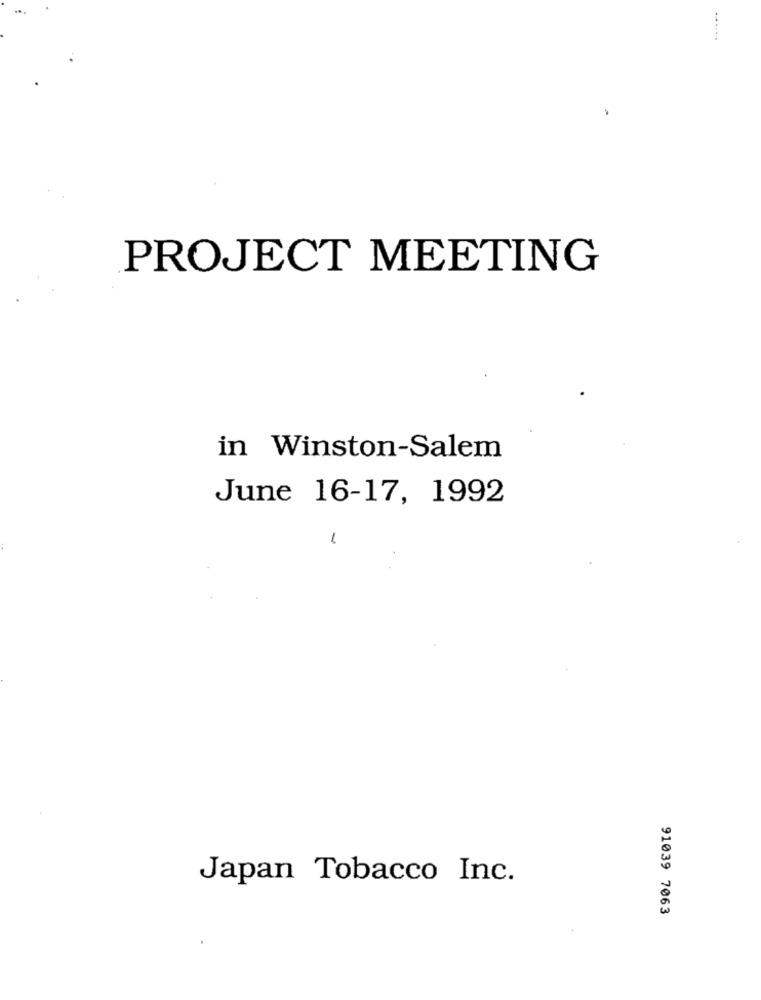
PROJECT MEETING
in Winston-Salem
June 16-17, 1992
Japan Tobacco Inc.
91039 7063